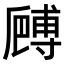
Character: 𠪻